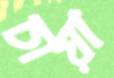
চায়া